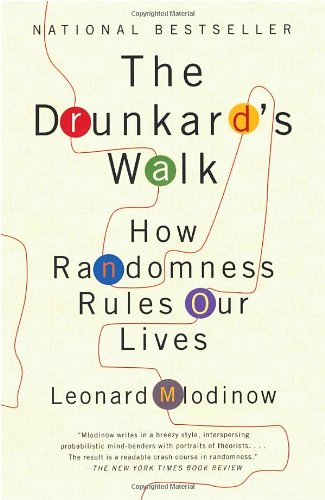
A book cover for The Drunkard's Walk: How Randomness Rules Our Lives; Leonard Mlodinow; Humor & Entertainment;